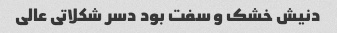
دنیش خشک و سفت بود دسر شکلاتی عالی